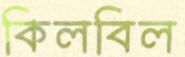
কিলবিল